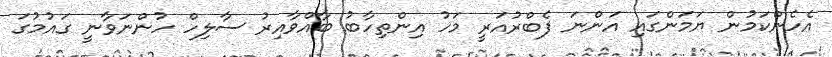
އެހެންކަމުން ޔަމަންގައި އަންނަ ފެބްރުއަރީ މަހު އިންތިހާބު ބާއްވާއިރު ސާލިހް ހުންނަވާނީ ގައުމުގަ